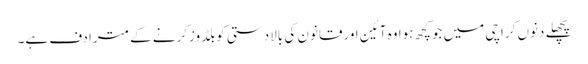
پچھلے دنوں کراچی میں جوکچھ ہوا وہ آئین اورقانون کی بالادستی کوبلڈوزکرنے کے مترادف ہے۔